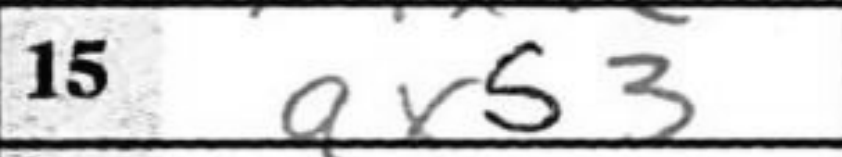
Transcription: axb3